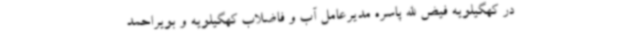
در کهگیلویه فیض الله پاسره مدیرعامل آب و فاضلاب کهگیلویه و بویراحمد